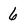
Character: 6